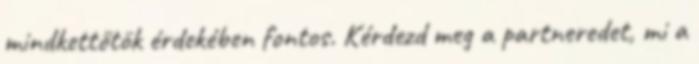
mindkettőtök érdekében fontos. Kérdezd meg a partneredet, mi a